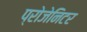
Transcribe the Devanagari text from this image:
प्रोजेनिटर